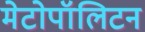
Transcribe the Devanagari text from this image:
मेटोपॉलिटन